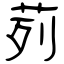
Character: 茢